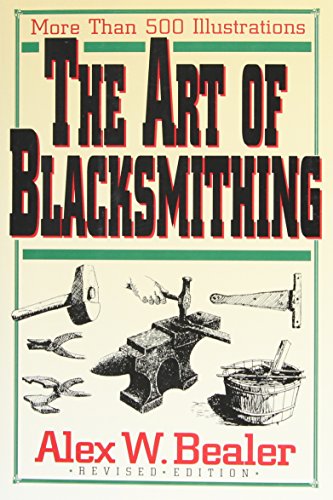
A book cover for The Art of Blacksmithing; Alex W. Bealer; Crafts, Hobbies & Home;